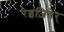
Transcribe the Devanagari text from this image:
रेइज़िगेर्